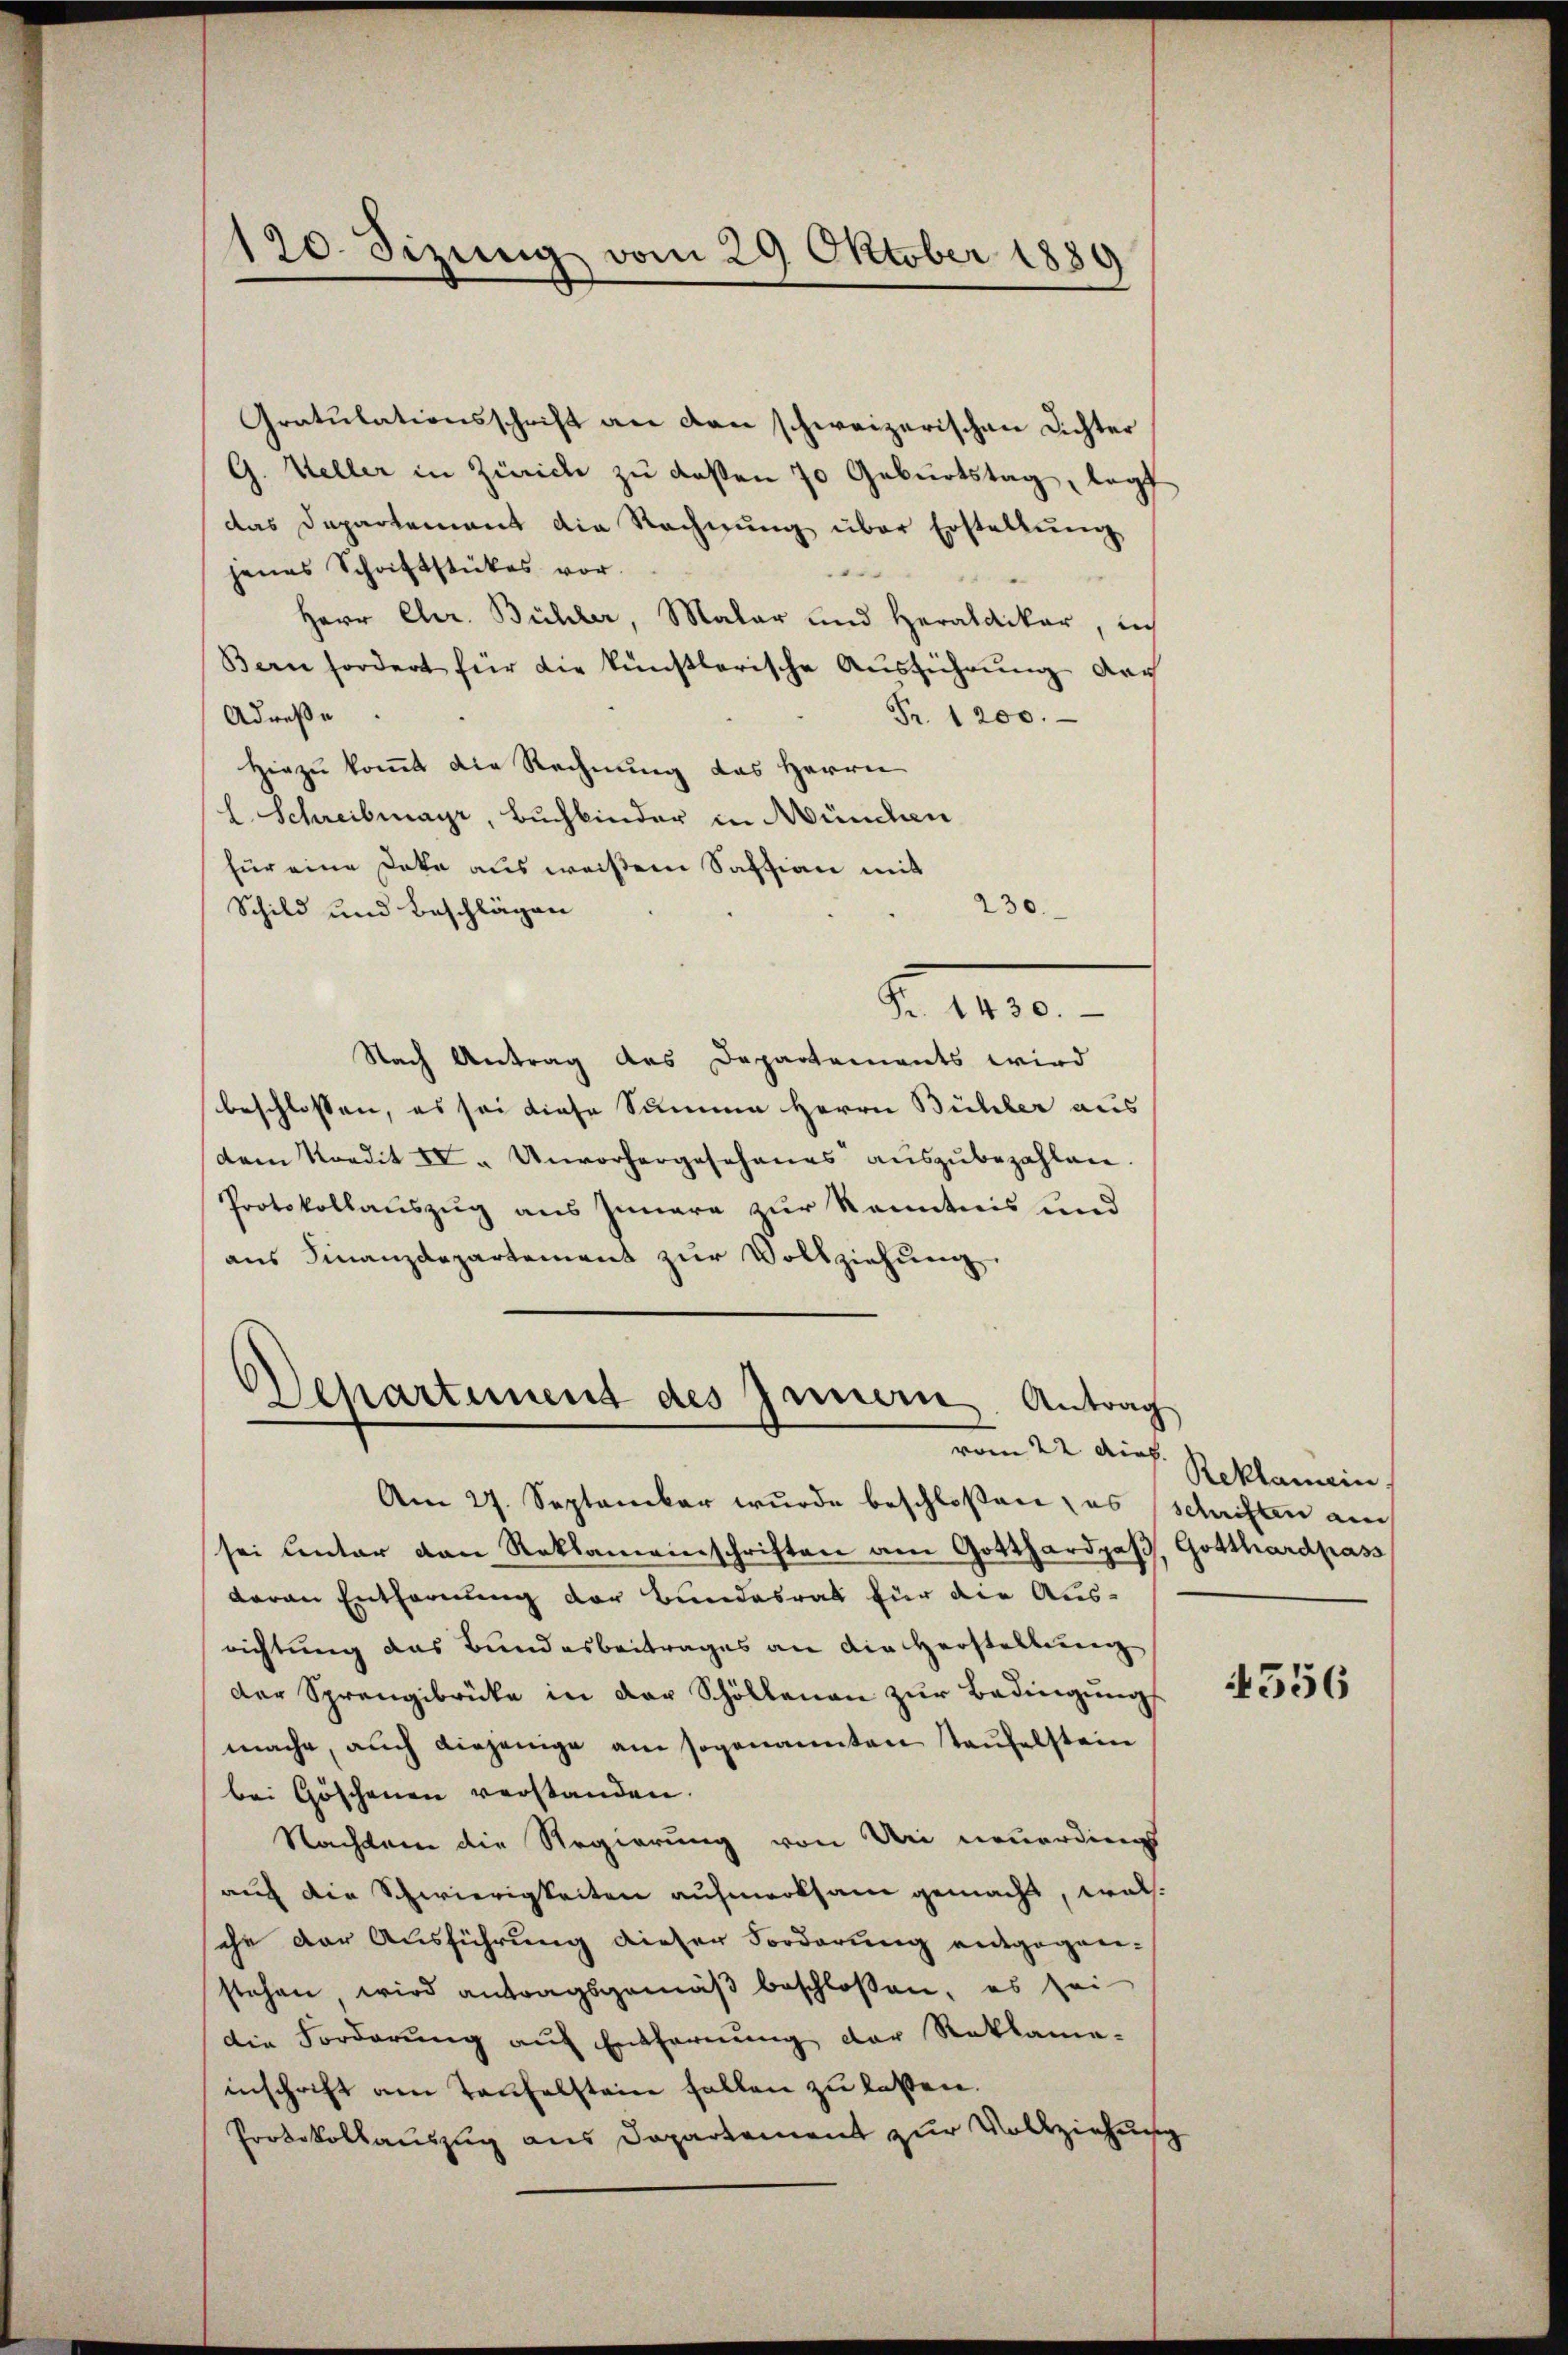
120. Sizung vom 29 Oktober 1889

Gratulationsschrift an den schweizerischen Richter
G. Weller in Zürich zu deßen 70 Geburtstag, legt
das Departement die Rechnŭng über Erstellŭng
jenes Schriftstückes vor.
Herr Chr. Bühler, Malar und Heralvikar, sch
Bern fordert für die künstlerische Ausführung der
Adrese
Fr. 1200.
Hiezu komt die Rechnung das Herrn
l Schreibmayr, Buchbinder in München
für eine Deke aus weißem Sassian mit
230.
Schild und Beschlägen
§. 1910.
Nach Antrag des Departements wird
beschlossen, es sei diese Summe Herrn Bühler aus
(dem Kredit IV a Unvorhergesehenes auszubezahlen
Protokollauszug aus Innere zur Kenntnis und
ans Finanzdepartement zŭr Vollziehung
Departement des Innern Antrag
vom 22. dies.
Am 27. September wurde beschloßen, es
sei ventar von Reklameinschriften am Gotthardpaβ, Gotthardpass
daran Entfernung der Bundesrat für die Ausrichtung das Bundesbeitrages an die Herstellung
der Sprengibrücke in der Schöllenen zur Bedingung
mache, auch diejenige am sogenannten Taufelstein
bei Göschenen verstanden.
Nachdem die Regierung von Uri neuerdings
auch die Schwierigkeiten aufmerksam gemacht, welche der Ausführung dieser Forderung entgegen-
stehen wird antragsgemäβ beschlossen, es sei
Die Forderung auf Entfernung der Reklame-
inschrift am Taufelstein fallen zu lassen.
Protokollauszug aus Departement zur Vollziehung

Reklamein
schriften auch

5

4556